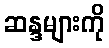
ဆန္ဒများကို